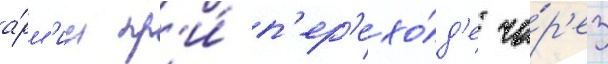
а́рм'ии пр'и́ п'ер'ехо́д'е че́р'ез